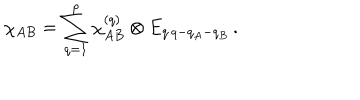
\chi _ { A B } = \sum _ { q = 1 } ^ { p } \chi _ { A B } ^ { ( q ) } \otimes E _ { q \, q - q _ { A } - q _ { B } } \, .